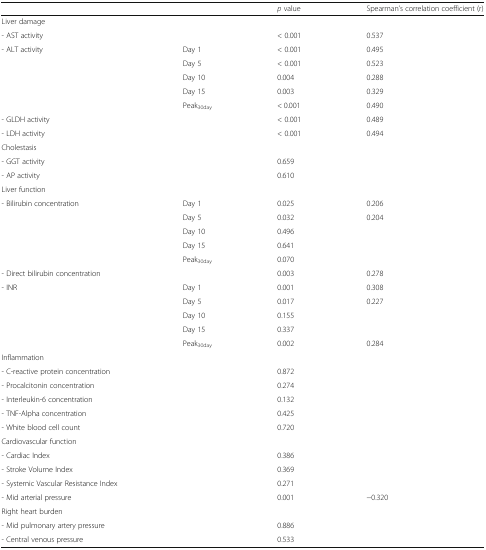
|  |  | p value | Spearman’s correlation coefficient (r) |
 | --- | --- | --- | --- |
 | <COLSPAN=4> Liver damage |
 | - AST activity |  | < 0.001 | 0.537 |
 | - ALT activity | Day 1 | < 0.001 | 0.495 |
 |  | Day 5 | < 0.001 | 0.523 |
 |  | Day 10 | 0.004 | 0.288 |
 |  | Day 15 | 0.003 | 0.329 |
 |  | Peak30day | < 0.001 | 0.490 |
 | - GLDH activity |  | < 0.001 | 0.489 |
 | - LDH activity |  | < 0.001 | 0.494 |
 | <COLSPAN=4> Cholestasis |
 | - GGT activity |  | 0.659 |  |
 | - AP activity |  | 0.610 |  |
 | <COLSPAN=4> Liver function |
 | - Bilirubin concentration | Day 1 | 0.025 | 0.206 |
 |  | Day 5 | 0.032 | 0.204 |
 |  | Day 10 | 0.496 |  |
 |  | Day 15 | 0.641 |  |
 |  | Peak30day | 0.070 |  |
 | - Direct bilirubin concentration |  | 0.003 | 0.278 |
 | - INR | Day 1 | 0.001 | 0.308 |
 |  | Day 5 | 0.017 | 0.227 |
 |  | Day 10 | 0.155 |  |
 |  | Day 15 | 0.337 |  |
 |  | Peak30day | 0.002 | 0.284 |
 | <COLSPAN=4> Inflammation |
 | - C-reactive protein concentration |  | 0.872 |  |
 | - Procalcitonin concentration |  | 0.274 |  |
 | - Interleukin-6 concentration |  | 0.132 |  |
 | - TNF-Alpha concentration |  | 0.425 |  |
 | - White blood cell count |  | 0.720 |  |
 | <COLSPAN=4> Cardiovascular function |
 | - Cardiac Index |  | 0.386 |  |
 | - Stroke Volume Index |  | 0.369 |  |
 | - Systemic Vascular Resistance Index |  | 0.271 |  |
 | - Mid arterial pressure |  | 0.001 | −0.320 |
 | <COLSPAN=4> Right heart burden |
 | - Mid pulmonary artery pressure |  | 0.886 |  |
 | - Central venous pressure |  | 0.533 |  |